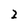
Character: 2